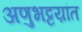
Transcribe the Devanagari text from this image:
अणुभट्टय़ांत